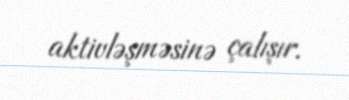
aktivləşməsinə çalışır.